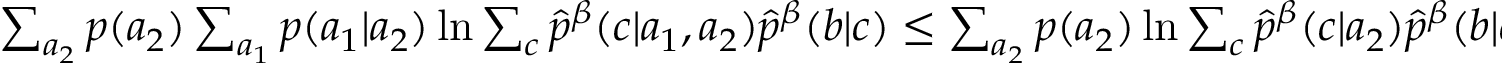
\begin{array} { r } { \sum _ { a _ { 2 } } p ( a _ { 2 } ) \sum _ { a _ { 1 } } p ( a _ { 1 } | a _ { 2 } ) \ln { \sum _ { c } \hat { p } ^ { \beta } ( c | a _ { 1 } , a _ { 2 } ) \hat { p } ^ { \beta } ( b | c ) } \leq \sum _ { a _ { 2 } } p ( a _ { 2 } ) \ln { \sum _ { c } \hat { p } ^ { \beta } ( c | a _ { 2 } ) \hat { p } ^ { \beta } ( b | c ) } . } \end{array}